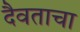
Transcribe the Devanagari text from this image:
दैवताचा